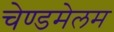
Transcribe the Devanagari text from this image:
चेण्डमेलम